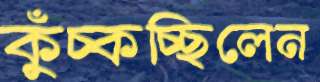
কুঁচ্‌কচ্ছিলেন